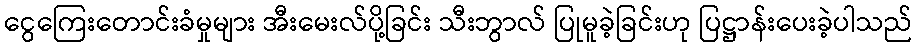
ငွေကြေးတောင်းခံမှုများ အီးမေးလ်ပို့ခြင်း သီးဘွာလ် ပြုမူခဲ့ခြင်းဟု ပြဋ္ဌာန်းပေးခဲ့ပါသည်